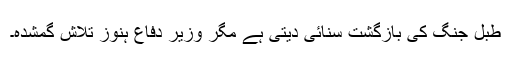
طبل جنگ کی بازگشت سنائی دیتی ہے مگر وزیر دفاع ہنوز تلاش گمشدہ۔